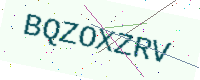
Text: BQZOXZRV